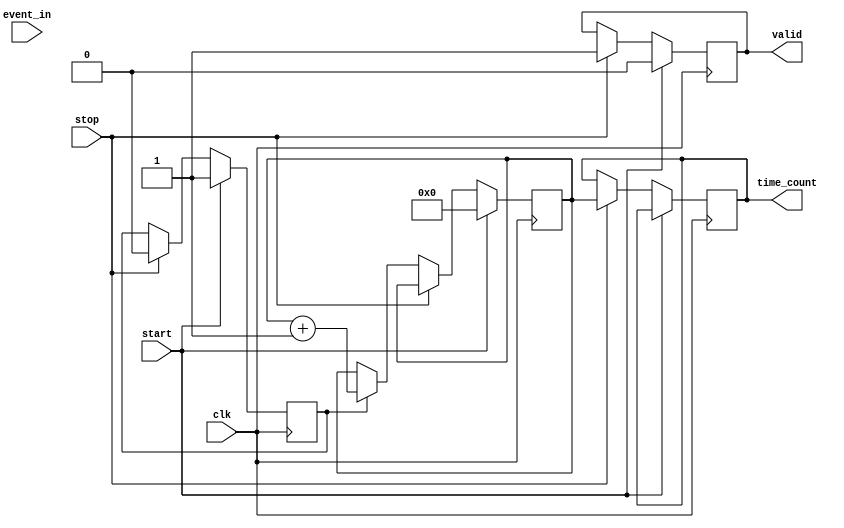
module TDC (
    input wire clk,               // High-frequency clock from PLL
    input wire start,             // Start signal for measurement
    input wire stop,              // Stop signal for measurement
    input wire event_in,          // Input event signal
    output reg [15:0] time_count, // Digital output representing time interval
    output reg valid              // Indicates valid measurement
);

    // Parameters
    parameter DELAY_LINE_SIZE = 16; // Number of delay elements
    parameter COUNTER_WIDTH = 16;    // Width of the time counter

    // Internal signals
    reg [COUNTER_WIDTH-1:0] counter; // Time counter
    reg [DELAY_LINE_SIZE-1:0] delay_line; // Delay line for time bins
    reg event_detected;              // Flag for event detection
    reg sampling;                    // Sampling control signal

    // Event detection logic
    always @(posedge clk) begin
        if (start) begin
            counter <= 0;            // Initialize counter
            valid <= 0;              // Reset valid flag
            event_detected <= 0;     // Reset event detected flag
            sampling <= 1;           // Enable sampling
        end else if (stop) begin
            time_count <= counter;    // Latch counter value
            valid <= 1;               // Indicate valid measurement
            sampling <= 0;            // Disable sampling
        end else if (sampling) begin
            if (event_in) begin
                event_detected <= 1;  // Event detected
                delay_line <= {delay_line[DELAY_LINE_SIZE-2:0], 1'b1}; // Shift in event
            end
            counter <= counter + 1;   // Increment counter
        end
    end

    // Delay line operation (simple shift register for demonstration)
    always @(posedge clk) begin
        if (sampling) begin
            // Shift delay line and capture event
            delay_line <= {delay_line[DELAY_LINE_SIZE-2:0], event_detected};
            event_detected <= 0; // Reset event detected flag
        end
    end

endmodule